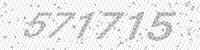
Solution: 571715